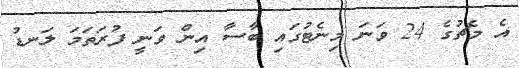
އެ މެޗުގެ 24 ވަނަ މިނެޓުގައި ބާސާ އިން ވަނީ ފުރަތަމަ ލަނޑު